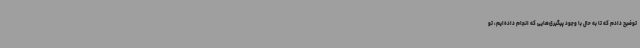
توضیح دادم که تا به حال با وجود پیگیری‌هایی که انجام داده‌ایم، تو